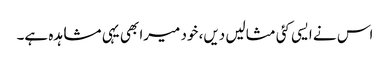
اس نے ایسی کئی مثالیں دیں، خود میرا بھی یہی مشاہدہ ہے۔